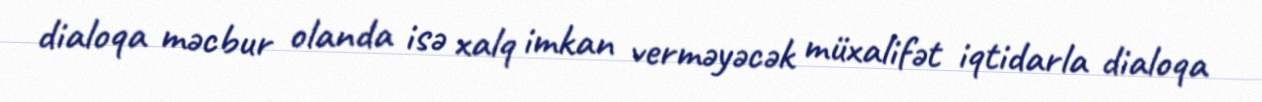
dialoqa məcbur olanda isə xalq imkan verməyəcək müxalifət iqtidarla dialoqa